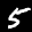
Label: 5